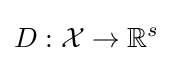
D:{\cal {X}}\to \mathbb {R} ^{s}